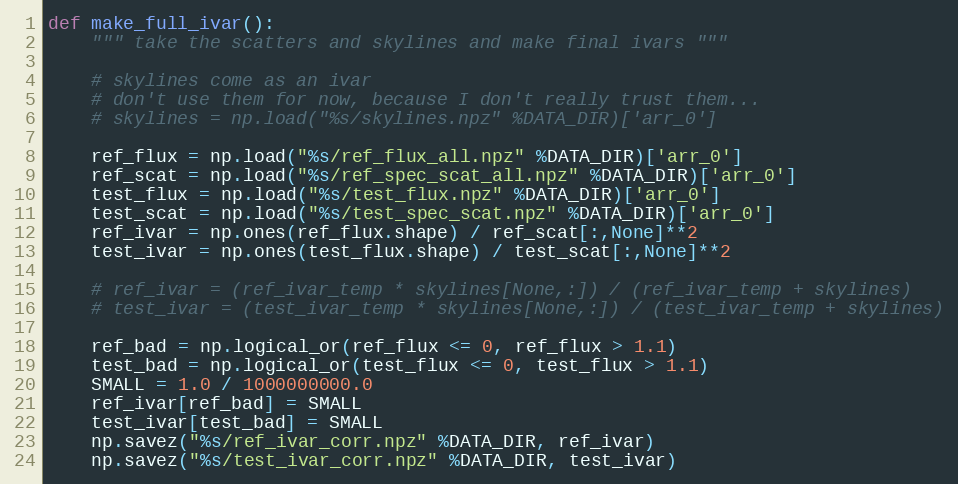
Language: Python
def make_full_ivar():
    """ take the scatters and skylines and make final ivars """

    # skylines come as an ivar
    # don't use them for now, because I don't really trust them...
    # skylines = np.load("%s/skylines.npz" %DATA_DIR)['arr_0']

    ref_flux = np.load("%s/ref_flux_all.npz" %DATA_DIR)['arr_0']
    ref_scat = np.load("%s/ref_spec_scat_all.npz" %DATA_DIR)['arr_0']
    test_flux = np.load("%s/test_flux.npz" %DATA_DIR)['arr_0']
    test_scat = np.load("%s/test_spec_scat.npz" %DATA_DIR)['arr_0']
    ref_ivar = np.ones(ref_flux.shape) / ref_scat[:,None]**2
    test_ivar = np.ones(test_flux.shape) / test_scat[:,None]**2

    # ref_ivar = (ref_ivar_temp * skylines[None,:]) / (ref_ivar_temp + skylines)
    # test_ivar = (test_ivar_temp * skylines[None,:]) / (test_ivar_temp + skylines)

    ref_bad = np.logical_or(ref_flux <= 0, ref_flux > 1.1)
    test_bad = np.logical_or(test_flux <= 0, test_flux > 1.1)
    SMALL = 1.0 / 1000000000.0
    ref_ivar[ref_bad] = SMALL
    test_ivar[test_bad] = SMALL
    np.savez("%s/ref_ivar_corr.npz" %DATA_DIR, ref_ivar)
    np.savez("%s/test_ivar_corr.npz" %DATA_DIR, test_ivar)